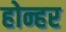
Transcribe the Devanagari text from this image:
होन्हर